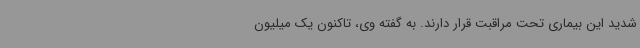
شدید این بیماری تحت مراقبت قرار دارند. به گفته وی، تاکنون یک میلیون